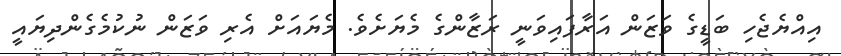
އިއްޔެޖެހި ބަޑީގެ ވަޒަން އަރާފައިވަނީ ރަޒާންގެ މެޔަށެވެ. މެޔައަށް އެރި ވަޒަން ނުކުމެގެންދިޔައީ